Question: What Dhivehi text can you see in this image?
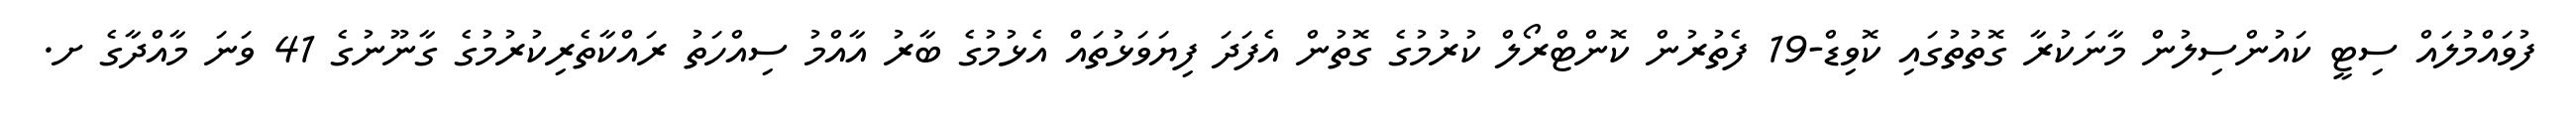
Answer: ފުވައްމުލައް ސިޓީ ކައުންސިލުން މާނަކުރާ ގޮތުތުގައި ކޮވިޑް-19 ފެތުރުން ކޮންޓްރޯލް ކުރުމުގެ ގޮތުން އެފަދަ ފިޔަވަޅުތައް އެޅުމުގެ ބާރު އާއްމު ސިއްހަތު ރައްކާތެރިކުރުމުގެ ގާނޫނުގެ 41 ވަނަ މާއްދާގެ ށ.